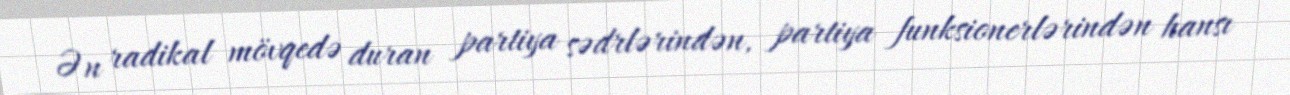
Ən radikal mövqedə duran partiya sədrlərindən, partiya funksionerlərindən hansı